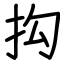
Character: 抅